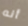
أنه